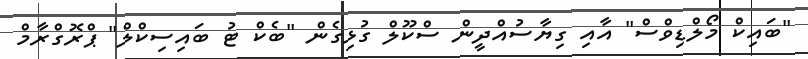
"ބައިކް މޯލްޑިވްސް" އާއި ގިޔާސުއްދީން ސްކޫލް ގުޅިގެން "ބެކް ޓު ބައިސިކްލް" ޕްރޮގްރާމް